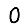
Digit: 0